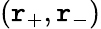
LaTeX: (\mathtt{r}_{+},\mathtt{r}_{-})